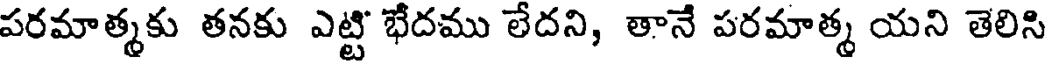
పరమాత్మకు తనకు ఎట్టి భేదము లేదని, తానే పరమాత్మ యని తెలిసి